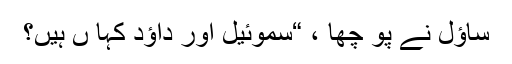
ساؤل نے پو چھا ، “سموئیل اور داؤد کہا ں ہیں؟